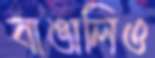
বাঙালিও